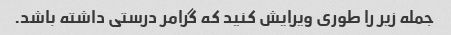
جمله زیر را طوری ویرایش کنید که گرامر درستی داشته باشد.